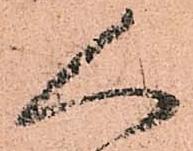
人